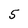
Character: 5